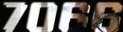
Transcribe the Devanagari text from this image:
७०६६